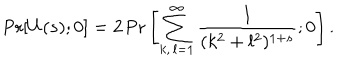
\mathrm { P r } [ U ( s ) ; 0 ] = 2 \, \mathrm { P r } \left[ \sum _ { k , \, l = 1 } ^ { \infty } \frac { 1 } { ( k ^ { 2 } + l ^ { 2 } ) ^ { 1 + s } } ; 0 \right] .